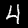
Label: 4